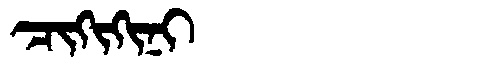
Manchu: ᠴᡳᡴᡳᡴᡳᠨᡳ
Romanization: CIKIKINI